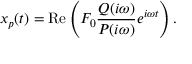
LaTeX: x _ { p } ( t ) = \operatorname { R e } \left( F _ { 0 } { \frac { Q ( i \omega ) } { P ( i \omega ) } } e ^ { i \omega t } \right) .